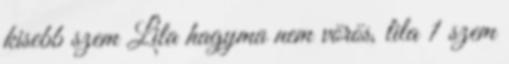
kisebb szem Lila hagyma nem vörös, lila 1 szem